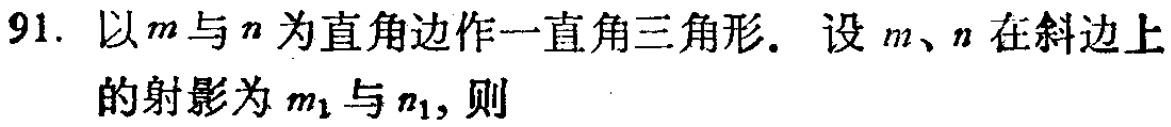
91. 以\(m\)与\(n\)为直角边作一直角三角形. 设\(m\)、\(n\)在斜边上的射影为\(m_1\)与\(n_1\)，则